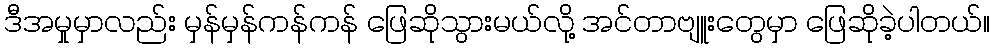
ဒီအမှုမှာလည်း မှန်မှန်ကန်ကန် ဖြေဆိုသွားမယ်လို့ အင်တာဗျူးတွေမှာ ဖြေဆိုခဲ့ပါတယ်။